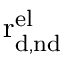
\mathrm { r _ { d , n d } ^ { e l } }